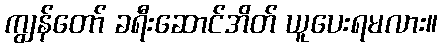
ကျွန်တော် ခရီးဆောင်အိတ် ယူပေးရမလား။